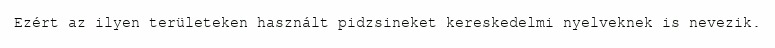
Ezért az ilyen területeken használt pidzsineket kereskedelmi nyelveknek is nevezik.